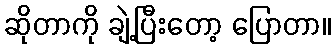
ဆိုတာကို ချဲ့ပြီးတော့ ပြောတာ။